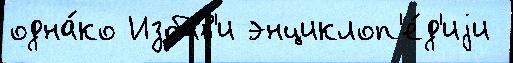
одна́ко Избав'и энциклоп'е́д'иjи